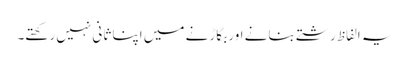
یہ الفاظ رشتے بنانے اور بگاڑنے میں اپنا ثانی نہیں رکھتے۔